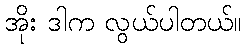
အိုး ဒါက လွယ်ပါတယ်။